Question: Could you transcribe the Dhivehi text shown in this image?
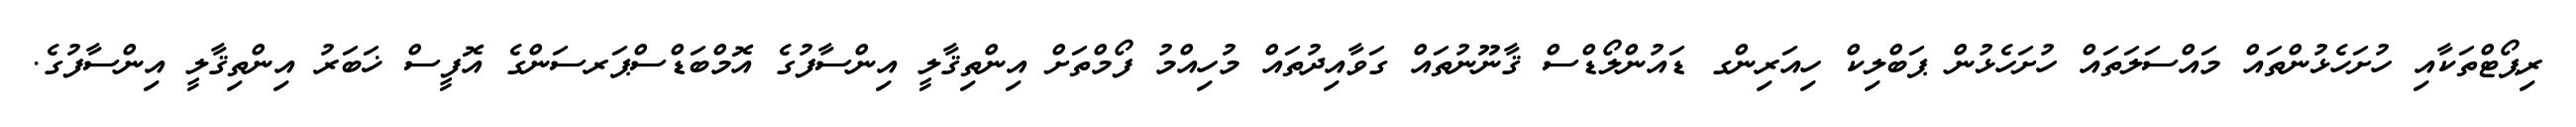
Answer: ރިޕޯޓްތަކާއި ހުށަހެޅުންތައް މައްސަލަތައް ހުށަހެޅުން ޕަބްލިކް ހިއަރިންގ ޑައުންލޯޑްސް ޤާނޫނުތައް ގަވާއިދުތައް މުހިއްމު ފޯމްތަށް އިންތިޤާލީ އިންސާފުގެ އޮމްބަޑްސްޕަރސަންގެ އޮފީސް ޚަބަރު އިންތިޤާލީ އިންސާފުގެ.